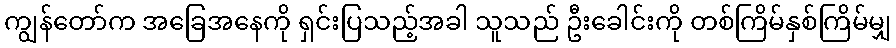
ကျွန်တော်က အခြေအနေကို ရှင်းပြသည့်အခါ သူသည် ဦးခေါင်းကို တစ်ကြိမ်နှစ်ကြိမ်မျှ